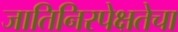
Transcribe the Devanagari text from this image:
जातिनिरपेक्षतेचा